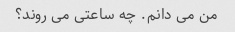
من می دانم. چه ساعتی می روند؟